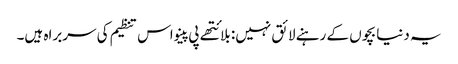
یہ دنیا بچوں کے رہنے لائق نہیں: بلائتھے پی پینو اس تنظیم کی سربراہ ہیں۔